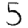
Digit: 5